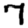
Digit: 7